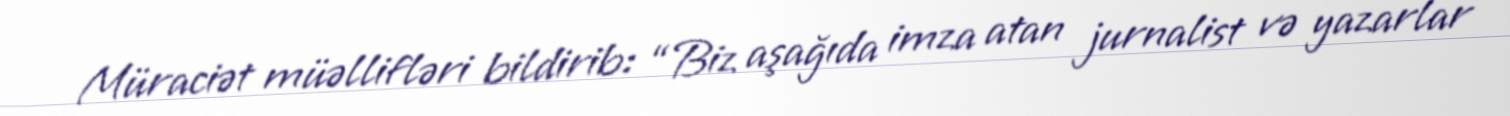
Müraciət müəllifləri bildirib: “Biz aşağıda imza atan jurnalist və yazarlar